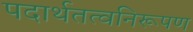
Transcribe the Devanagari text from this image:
पदार्थतत्वनिरूपण